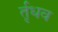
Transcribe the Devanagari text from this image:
र्तृधव